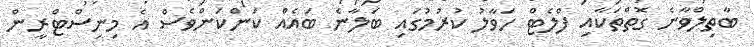
ބާތިލްވާނެ ގޮތްތަކާއި ފްލެޓް ހަވާލު ކުރުމުގައި ބަލާނެ ބައެއް ކަންކަންވެސް އެ މިނިސްޓްރީން